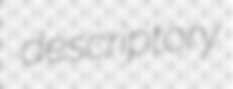
descriptory